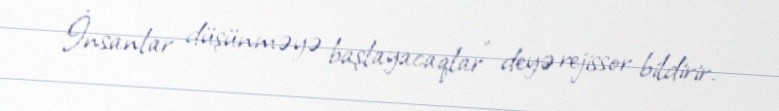
İnsanlar düşünməyə başlayacaqlar" deyə rejissor bildirir.